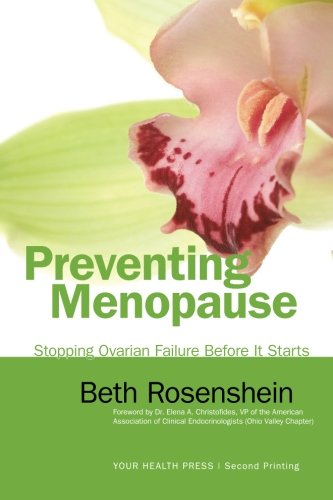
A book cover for Preventing Menopause: Stopping Ovarian Failure Before It Starts; Beth Rosenshein; Health, Fitness & Dieting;